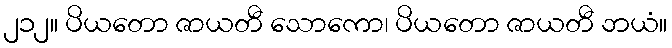
၂၁၂။ ပိယတော ဇာယတီ သောကော၊ ပိယတော ဇာယတီ ဘယံ။